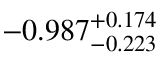
- 0 . 9 8 7 _ { - 0 . 2 2 3 } ^ { + 0 . 1 7 4 }